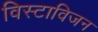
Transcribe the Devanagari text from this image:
विस्टाविजन